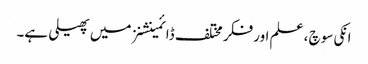
انکی سوچ ، علم اور فکر مختلف ڈائمینشنز میں پھیلی ہے۔